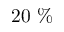
2 0 \ \%